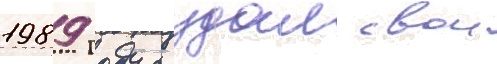
1989 году создал свои